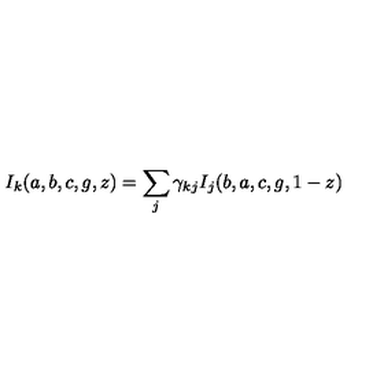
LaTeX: I _ { k } ( a , b , c , g , z ) = \sum _ { j } \gamma _ { k j } I _ { j } ( b , a , c , g , 1 - z )